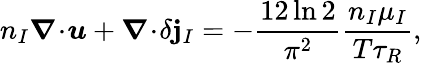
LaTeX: n_{I}\boldsymbol{\nabla}\! \cdot\! \boldsymbol{u}+\boldsymbol{\nabla}\! \cdot\! \delta\boldsymbol{\mathbf{j}}_{I}=-\frac{{12\ln2}}{{\pi^{2}}}\frac{{n_{I}\mu_{I}}}{{T\tau_{R}}},